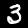
Label: 3